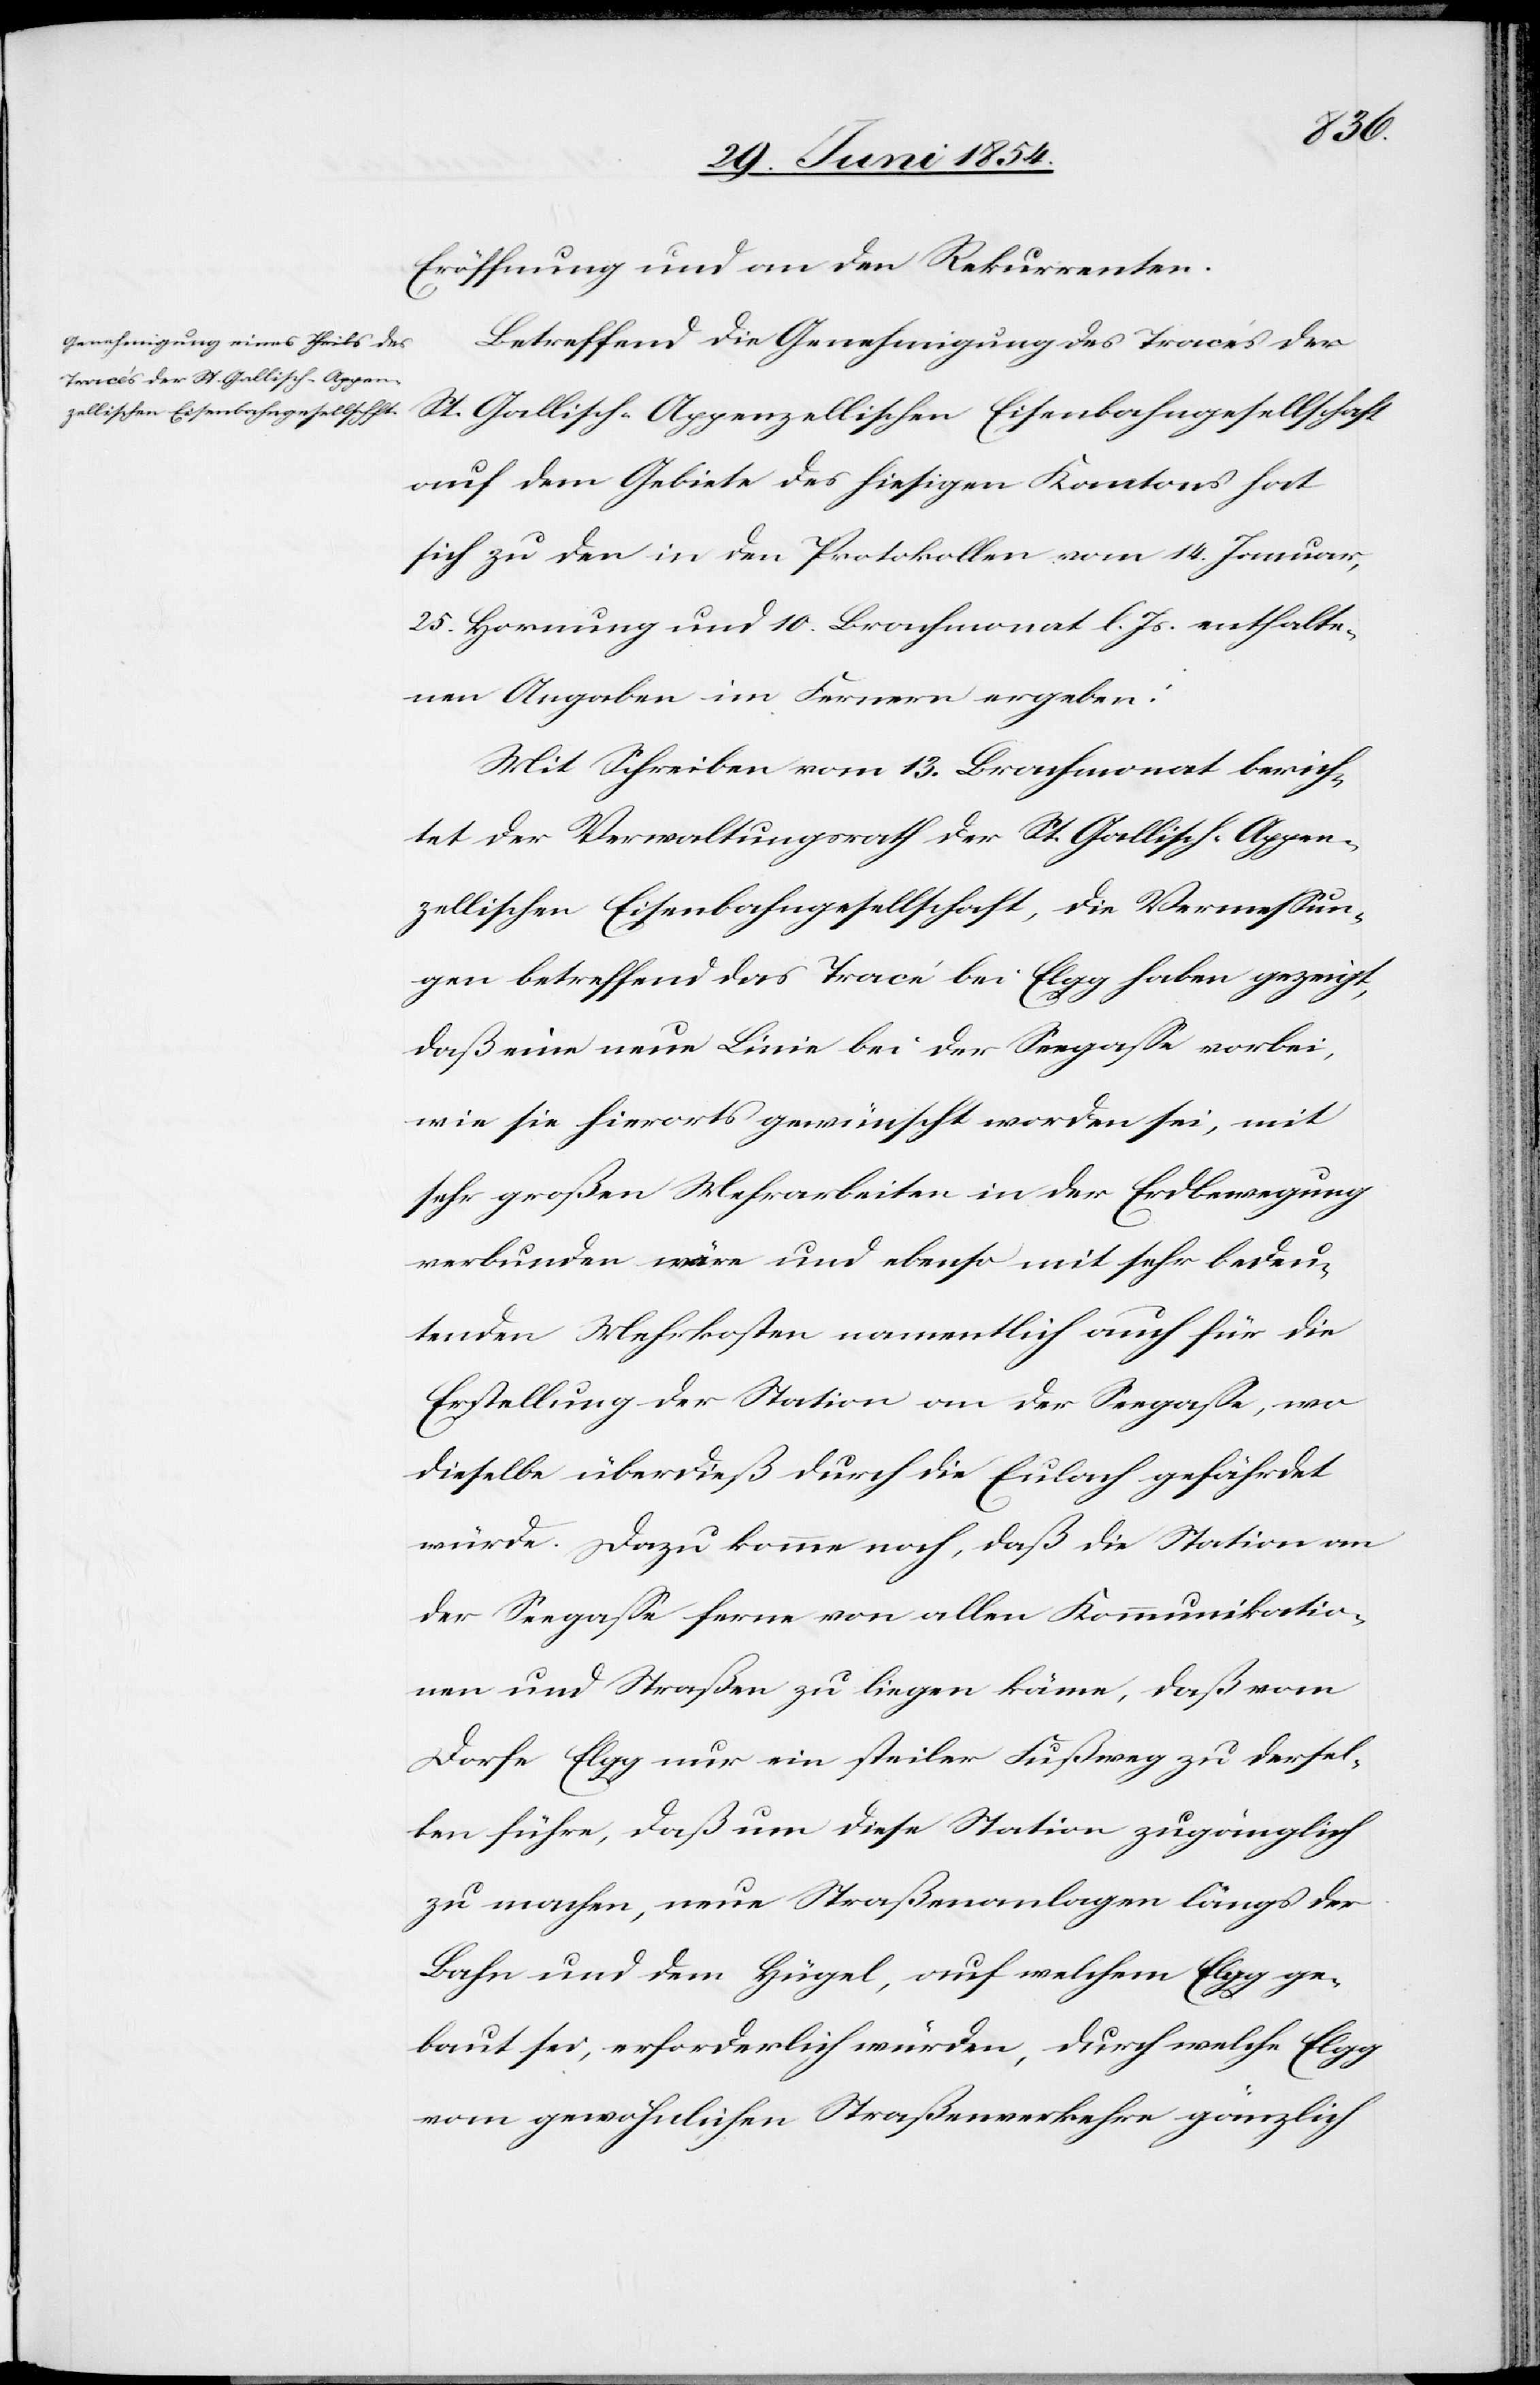
Eröffnung und an den Rekurrenten.
Betreffend die Genehmigung des Tracés der
St. Gallisch-Appenzellischen Eisenbahngesellschaft
auf dem Gebiete des hiesigen Kantons hat
sich zu den in den Protokollen vom 14. Januar,
25. Hornung und 10. Brachmonat l. Js. enthalte¬
nen Angaben im Fernern ergeben:
Mit Schreiben vom 13. Brachmonat berich¬
tet der Verwaltungsrath der St. Gallisch-Appen¬
zellischen Eisenbahngesellschaft, die Vermeßun¬
gen betreffend das Tracé bei Elgg haben gezeigt,
daß eine neue Linie bei der Seestraße vorbei,
wie sie hierorts gewünscht worden sei, mit
sehr großen Mehrarbeiten in der Erdbewegung
verbunden wäre und ebenso mit sehr bedeu¬
tenden Mehrkosten namentlich auch für die
Erstellung der Station an der Seegaße, wo
dieselbe überdieß durch die Eulach gefährdet
würde. Dazu komme noch, daß die Station an
der Seegaße ferne von allen Kommunikatio¬
nen und Straßen zu liegen käme, daß vom
Dorfe Elgg nur ein steiler Fußweg zu dersel¬
ben führe, daß um diese Station zugänglich
zu machen, neue Straßenanlagen längs der
Bahn und dem Hügel, auf welchem Elgg ge¬
baut sei, erforderlich würden, durch welche Elgg
vom gewöhnlichen Straßenverkehre gänzlich